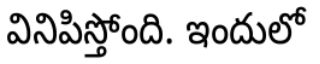
వినిపిస్తోంది. ఇందులో